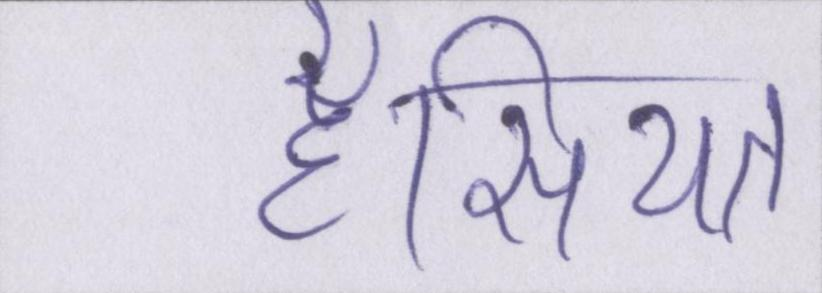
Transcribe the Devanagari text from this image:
हैसियत